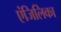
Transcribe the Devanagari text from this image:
एंजिलिका